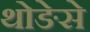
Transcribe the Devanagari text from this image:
थोङेसे